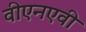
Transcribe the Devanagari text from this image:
वीएनएवी